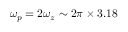
\omega _ { p } = 2 \omega _ { z } \sim 2 \pi \times 3 . 1 8